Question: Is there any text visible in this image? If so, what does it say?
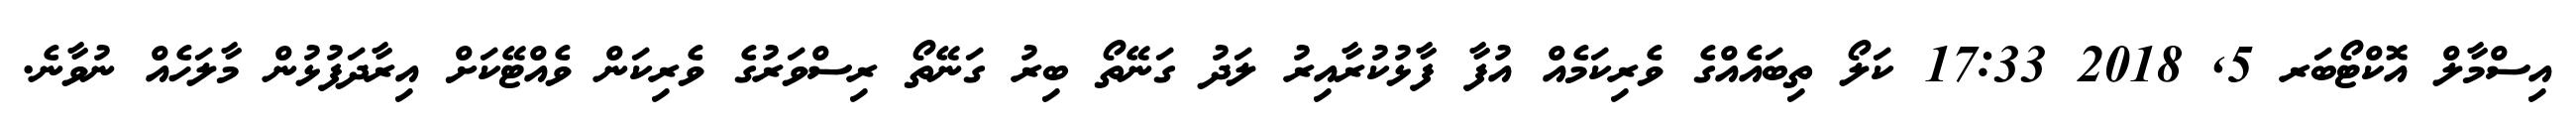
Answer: އިސްމާލް އޮކްޓޯބަރ 5, 2018 17:33 ކަލޯ ތިބައެއްގެ ވެރިކަމެއް އުފާ ފާޅުކުރާއިރު ލަދު ގަނޭތޯ ބިރު ގަނޭތޯ ރިސްވަރުގެ ވެރިކަން ވެއްޓޭކަށް އިރާދަފުޅުން މާލަހެއް ނުވާނެ.